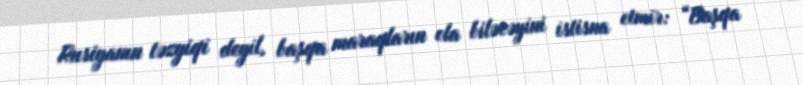
Rusiyanın təzyiqi deyil, başqa maraqların ola biləcəyini istisna etmir: “Başqa